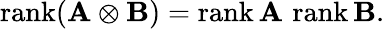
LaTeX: \operatorname{rank}(\mathbf{A}\otimes\mathbf{B})=\operatorname{rank}\mathbf{A}\, \operatorname{rank}\mathbf{B}.